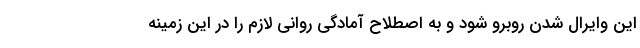
این وایرال شدن روبرو شود و به اصطلاح آمادگی روانی لازم را در این زمینه